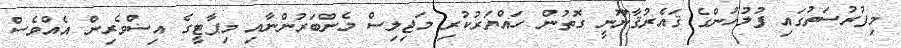
މިފުރުސަތުގައި ފުލުހުންގެ ޤައެރުޤާނޫނީ ގޮތުން ހައްޔަރުކުރި މަޖިލިސް މެންބަރުންނާއި މިޕާޓީގެ އިސްވެރިން އެއްވެސް